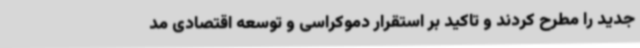
جدید را مطرح کردند و تاکید بر استقرار دموکراسی و توسعه اقتصادی مد